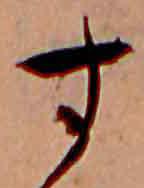
す